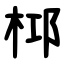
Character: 桏